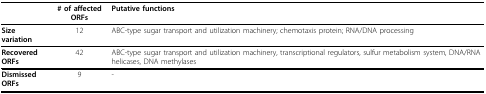
<table><thead><tr><td></td><td><b># of affected ORFs</b></td><td><b>Putative functions</b></td></tr></thead><tbody><tr><td><b>Size variation</b></td><td>12</td><td>ABC-type sugar transport and utilization machinery; chemotaxis protein; RNA/DNA processing</td></tr><tr><td><b>Recovered ORFs</b></td><td>42</td><td>ABC-type sugar transport and utilization machinery, transcriptional regulators, sulfur metabolism system, DNA/RNA helicases, DNA methylases</td></tr><tr><td><b>Dismissed ORFs</b></td><td>9</td><td>-</td></tr></tbody></table>